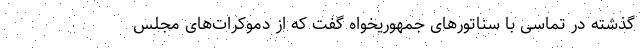
گذشته در تماسی با سناتورهای جمهوریخواه گفت که از دموکرات‌های مجلس